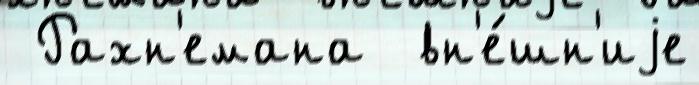
 Рахн'емана  вн'е́шн'иjе